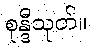
စုန္ဒီသုတ်။